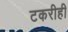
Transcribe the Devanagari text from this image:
टकरीही